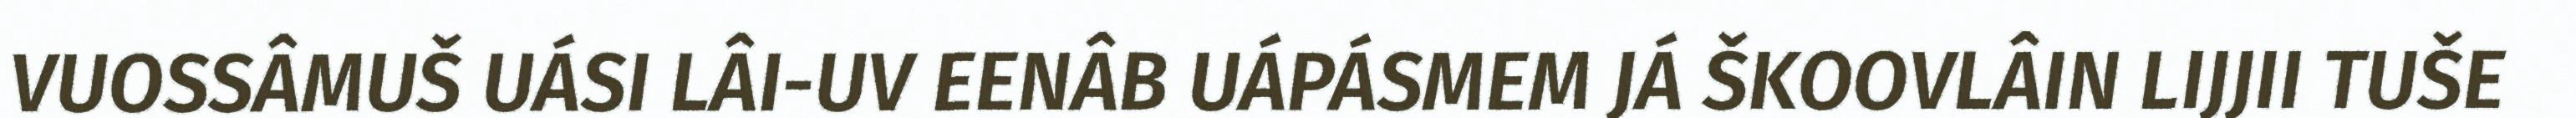
VUOSSÂMUŠ UÁSI LÂI-UV EENÂB UÁPÁSMEM JÁ ŠKOOVLÂIN LIJJII TUŠE